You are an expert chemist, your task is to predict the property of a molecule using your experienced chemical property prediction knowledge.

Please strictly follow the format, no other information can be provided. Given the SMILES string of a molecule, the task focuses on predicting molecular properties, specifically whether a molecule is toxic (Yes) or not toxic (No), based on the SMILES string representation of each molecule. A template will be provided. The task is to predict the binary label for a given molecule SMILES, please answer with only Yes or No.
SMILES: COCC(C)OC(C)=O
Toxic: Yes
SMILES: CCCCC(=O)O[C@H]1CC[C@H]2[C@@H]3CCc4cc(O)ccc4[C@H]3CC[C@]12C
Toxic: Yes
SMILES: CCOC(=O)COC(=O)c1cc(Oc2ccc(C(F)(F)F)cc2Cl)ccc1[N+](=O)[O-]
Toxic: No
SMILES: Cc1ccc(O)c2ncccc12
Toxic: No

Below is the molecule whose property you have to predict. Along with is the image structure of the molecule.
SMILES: CC/C=C\CC/C=C/C(OCC)OCC
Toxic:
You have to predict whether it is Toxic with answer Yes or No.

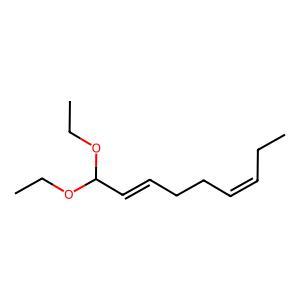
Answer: No